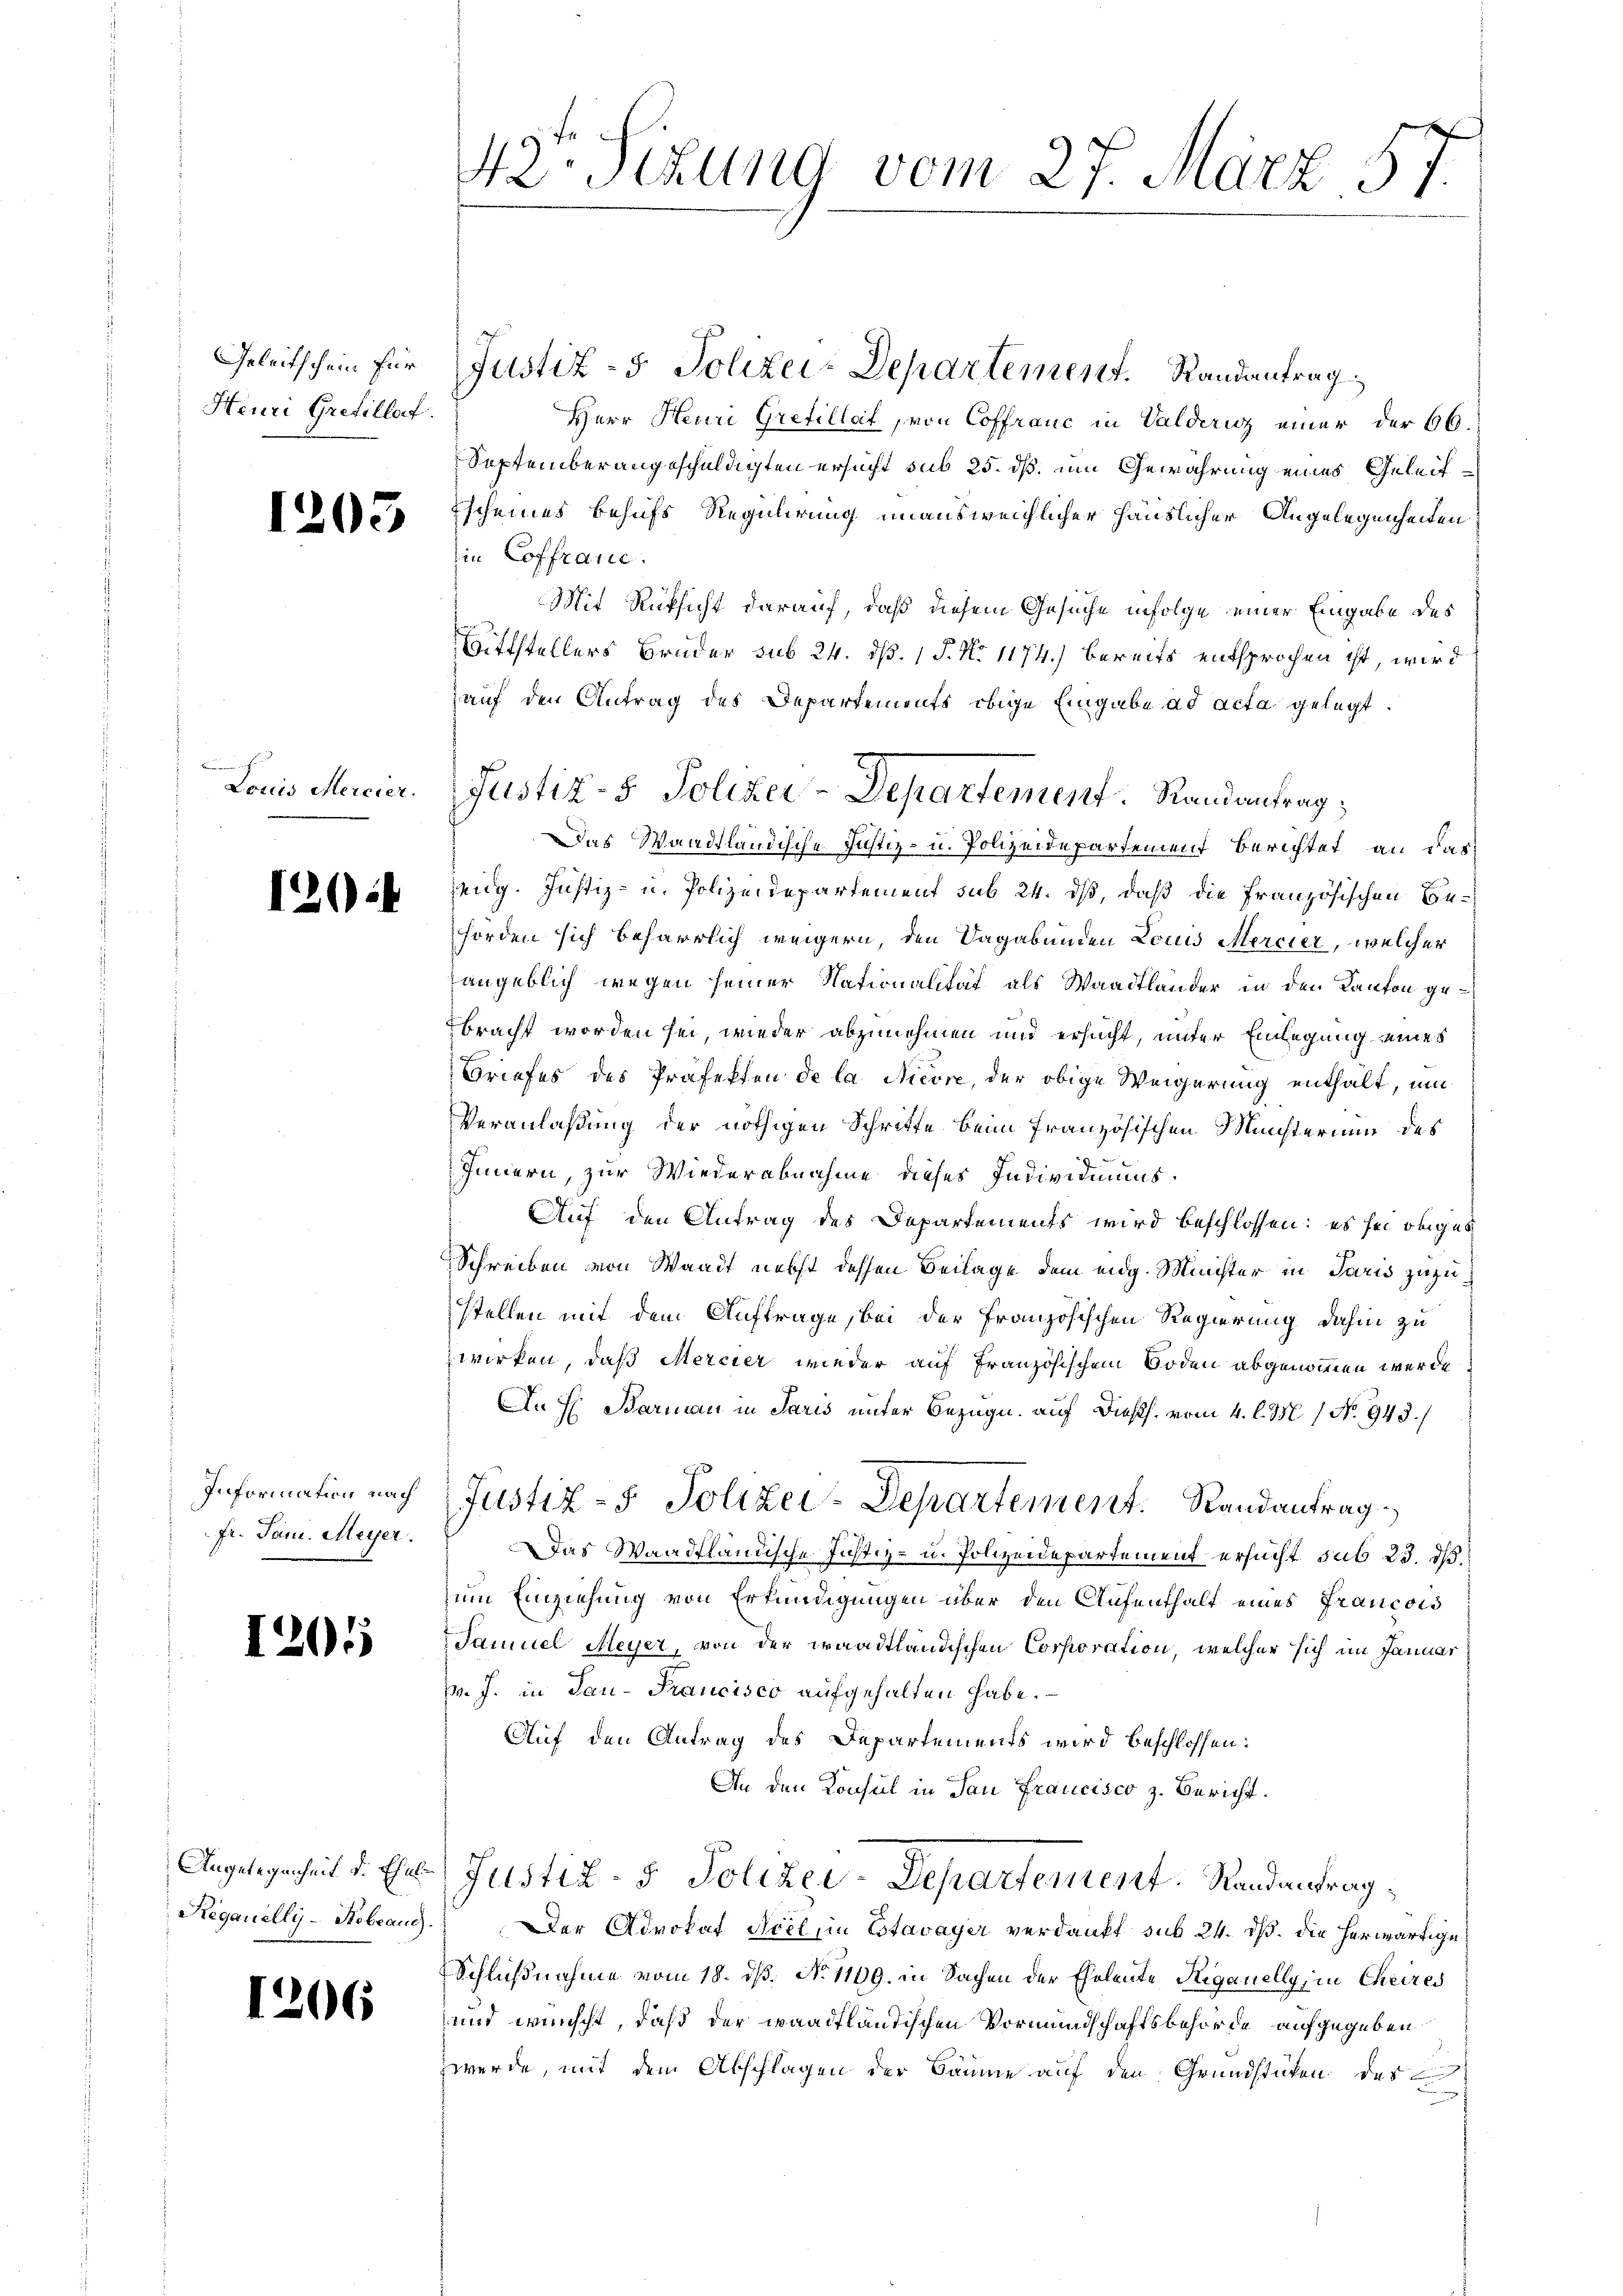
Heuri Grefillat

1205

Louis Mercier.

1204

Fr. Jan. Meyer.

205

Regauelly -Stebrand.

5

42. Sizung vom 27. März 57.

Geleitschein für Justiz- & Polizei-Departement. Randantrag
Herr Heuri Grefillat, von Coffranc in Valdenz einer der 66.
September angeschuldigten ersucht sub 25. dß. um Gewährung eines Geleitscheines behufs Regulirung unausweichlicher Häuslicher Angelegenheiten
in Coffranc
Mit Rüksicht darauf, daß diesem Gesuche infolge einer Eingabe des
ittstellers Bruder sub 24. dß. 1 S. N. 1174.) bereits entsprochen ist, wird
auf den Antrag des Departements obige Eingabe ad acta gelegt.
horden sich beharrlich weigern, den Vagabunden Louis Mercier, welcher
angeblich wegen seiner Nationalität als Waadtländer in den Kanton gebracht worden sei, wieder abzunehmen und ersucht, unter Einlegung eines
Briefes des Präfekten de la Nicore, der obige Weigerung enthalt, um
Veranlaßung der nöthigen Schritte beim französischen Münsterium des
Innern, zur Wiederabnahme dieses Individiums.
Auf den Antrag des Departements wird beschlossen: es sei obiges
Schreiben von Waadt nebst dessen Beilage dem eidg. Minister in Paris zuzustellen mit dem Auftrage, bei der Französischen Regierung dahin zu
wirken, daß Mercier wieder auf Französischem Boden abgenommen werde
A. H. Barman in Paris unter Bezug auf Diess. vom 4. l. M. / No. 943.
Information nach Justiz- & Polizei-Departement. Randantrag
Das Waadtländische Justiz- u. Polizeidepartement ersucht sub 23. ds.
zum Einziehung von Erkundigungen über den Aufenthalt eines Francois
Samuel Meyer, von der waadtländischen Corporation, welcher sich im Januar
pr. J. in Sau-Francisco aufgehalten habe.
Auf den Antrag des Departements wird beschlossen:
An den Konsul in San Francisco z. Bericht.
Angelegenheit d. Ehe Justiz- & Polizei-Departement. Randantrag
Der Advokat Acel, in Estavayer verdankt sub 24. ds. die herwärtige
Schlußnahme vom 18. dß. No 1109. in Sachen der Eheleute Steganelly, in Cheires
und wünscht, daß der waadtländischen Vormundschaftsbehörde aufgegeben
werde, mit dem Abschlagen der Bäume auf den Grundstücken des

Justiz- & Polizei-Departement. Randantrag;
Das Waadtländische Justiz- u. Polizeidepartement Berichtet, an das
eidg. Justiz- u. Polizeidepartement sub 24. dß, daß die Französischen Be¬